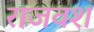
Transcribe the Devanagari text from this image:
राजवश